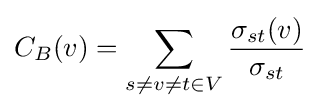
C_{B}(v)=\sum _{s\neq v\neq t\in V}{\frac {\sigma _{st}(v)}{\sigma _{st}}}